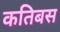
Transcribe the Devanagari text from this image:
कतिबस